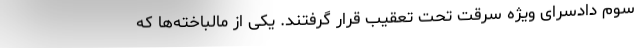
سوم دادسرای ویژه سرقت تحت تعقیب قرار گرفتند. یکی از مالباخته‌ها که